Scottish Certificate of Education, 1963
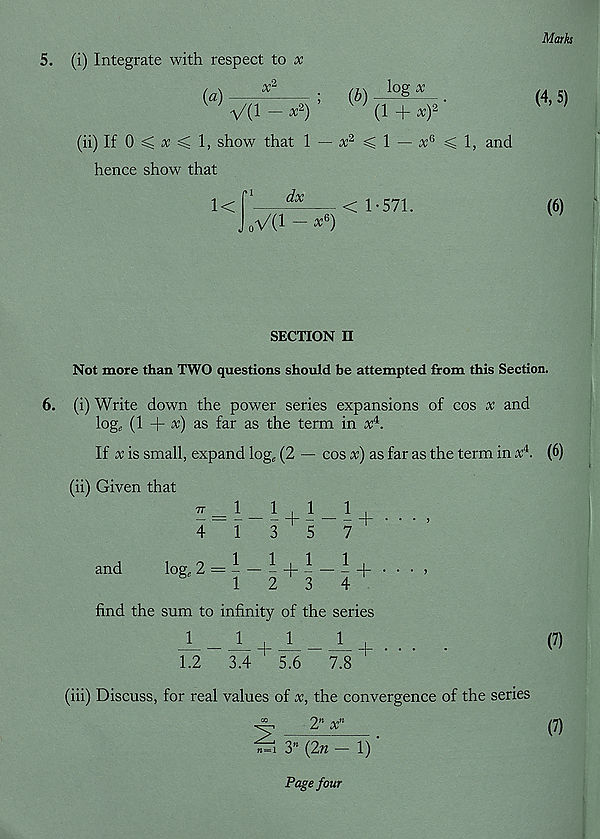
Marks
5. (i) Integrate with respect to x
(a)
x-
(b)
log x
■\/(l — X 2 )
' ' (1 + x) 2
(ii) If 0 ^ x < 1, show that 1— x 2 <1 — x 6 <1, and
hence show that
M
dx
(4, 5)
1<
oV(l - ^6)
< 1-571.
(6)
SECTION II
Not more than TWO questions should be attempted from this Section.
6. (i) Write down the power series expansions of cos x and
log, (1 + x) as far as the term in x 4 .
If x is small, expand log, (2
cos x) as far as the term in x 4 . (6)
(ii) Given that
77
1
1 i 1
1 |
— — — r — — ~ \
’
4
13
5
7
and
log, 2 = - — - + - —
• • • >
8
1
2
3
4
find the sum to infinity of the series
1.2
± + _! _X +
3.4
5.6
7.8
(7)
(iii) Discuss, for real values of x, the convergence of the series
^
2 n x n
(7)
3" (2n - 1) ‘
Page four